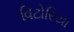
વિટોરિયા